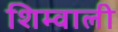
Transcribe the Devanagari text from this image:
शिम्वाली